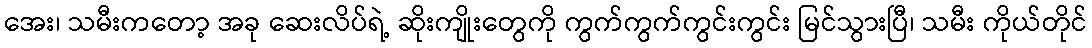
အေး၊ သမီးကတော့ အခု ဆေးလိပ်ရဲ့ ဆိုးကျိုးတွေကို ကွက်ကွက်ကွင်းကွင်း မြင်သွားပြီ၊ သမီး ကိုယ်တိုင်